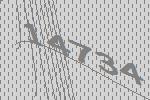
14734